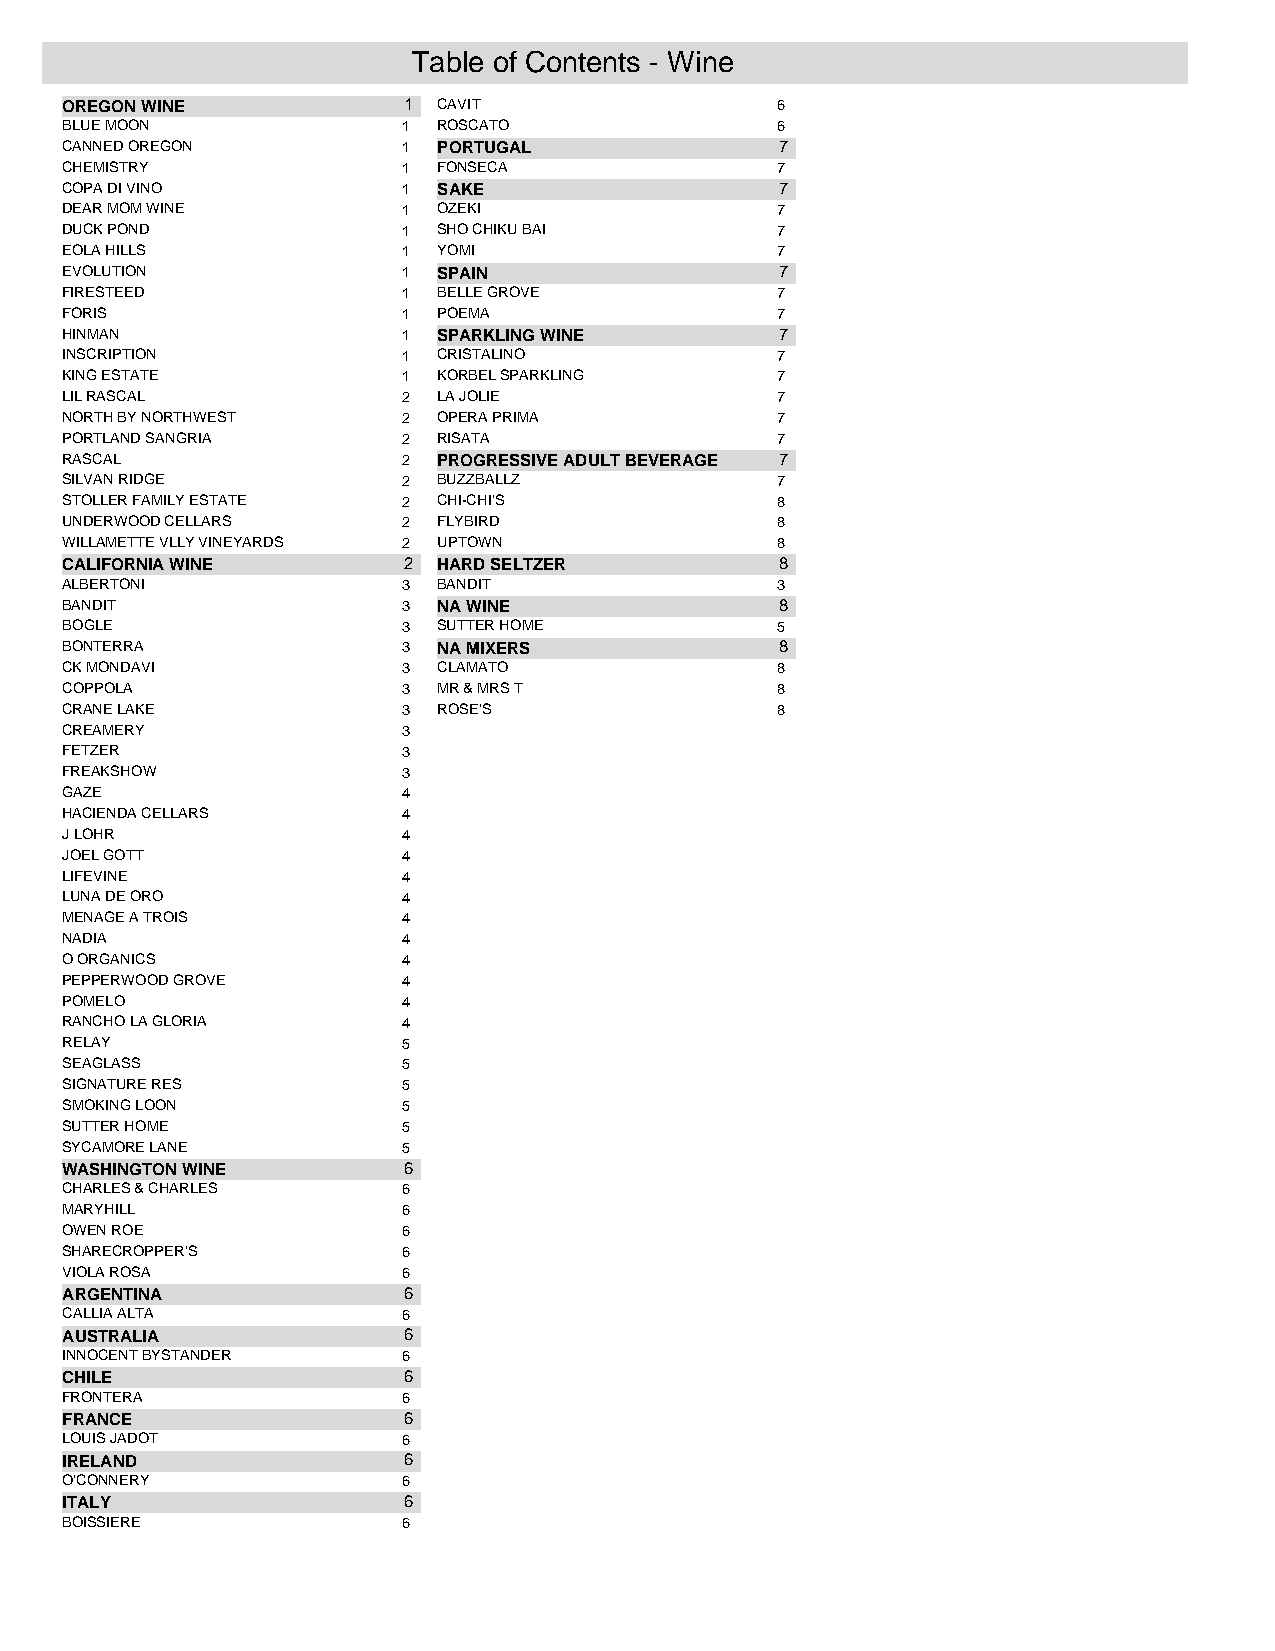
Table of Contents - Wine
 OREGON WINE            1 CAVIT                 6
 BLUE MOON              1 ROSCATO               6
 CANNED OREGON          1 PORTUGAL               7
 CHEMISTRY              1 FONSECA               7
 COPA DI VINO           1 SAKE                   7
 DEAR MOM WINE          1 OZEKI                 7
 DUCK POND              1 SHO CHIKU BAI         7
 EOLA HILLS             1 YOMI                  7
 EVOLUTION              1 SPAIN                  7
 FIRESTEED              1 BELLE GROVE           7
 FORIS                  1 POEMA                 7
 HINMAN                 1 SPARKLING WINE         7
 INSCRIPTION            1 CRISTALINO            7
 KING ESTATE            1 KORBEL SPARKLING      7
 LIL RASCAL             2 LA JOLIE              7
 NORTH BY NORTHWEST     2 OPERA PRIMA           7
 PORTLAND SANGRIA       2 RISATA                7
 RASCAL                 2 PROGRESSIVE ADULT BEVERAGE 7
 SILVAN RIDGE           2 BUZZBALLZ             7
 STOLLER FAMILY ESTATE  2 CHI-CHI'S             8
 UNDERWOOD CELLARS      2 FLYBIRD               8
 WILLAMETTE VLLY VINEYARDS 2 UPTOWN             8
 CALIFORNIA WINE        2 HARD SELTZER           8
 ALBERTONI              3 BANDIT                3
 BANDIT                 3 NA WINE                8
 BOGLE                  3 SUTTER HOME           5
 BONTERRA               3 NA MIXERS              8
 CK MONDAVI             3 CLAMATO               8
 COPPOLA                3 MR & MRS T            8
 CRANE LAKE             3 ROSE'S                8
 CREAMERY               3
 FETZER                 3
 FREAKSHOW              3
 GAZE                   4
 HACIENDA CELLARS       4
 J LOHR                 4
 JOEL GOTT              4
 LIFEVINE               4
 LUNA DE ORO            4
 MENAGE A TROIS         4
 NADIA                  4
 O ORGANICS             4
 PEPPERWOOD GROVE       4
 POMELO                 4
 RANCHO LA GLORIA       4
 RELAY                  5
 SEAGLASS               5
 SIGNATURE RES          5
 SMOKING LOON           5
 SUTTER HOME            5
 SYCAMORE LANE          5
 WASHINGTON WINE        6
 CHARLES & CHARLES      6
 MARYHILL               6
 OWEN ROE               6
 SHARECROPPER'S         6
 VIOLA ROSA             6
 ARGENTINA              6
 CALLIA ALTA            6
 AUSTRALIA              6
 INNOCENT BYSTANDER     6
 CHILE                  6
 FRONTERA               6
 FRANCE                 6
 LOUIS JADOT            6
 IRELAND                6
 O'CONNERY              6
 ITALY                  6
 BOISSIERE              6